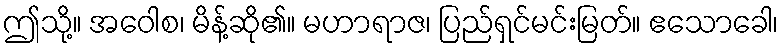
ဤသို့။ အဝေါစ၊ မိန့်ဆို၏။ မဟာရာဇ၊ ပြည်ရှင်မင်းမြတ်။ ဧသောခေါ၊